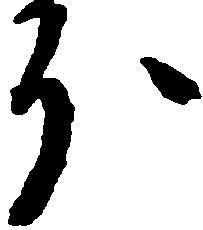
分